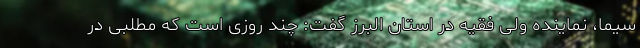
سیما، نماینده ولی فقیه در استان البرز گفت: چند روزی است که مطلبی در